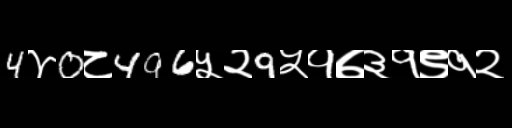
Text: 4४0८496५२9५१७३१९१२